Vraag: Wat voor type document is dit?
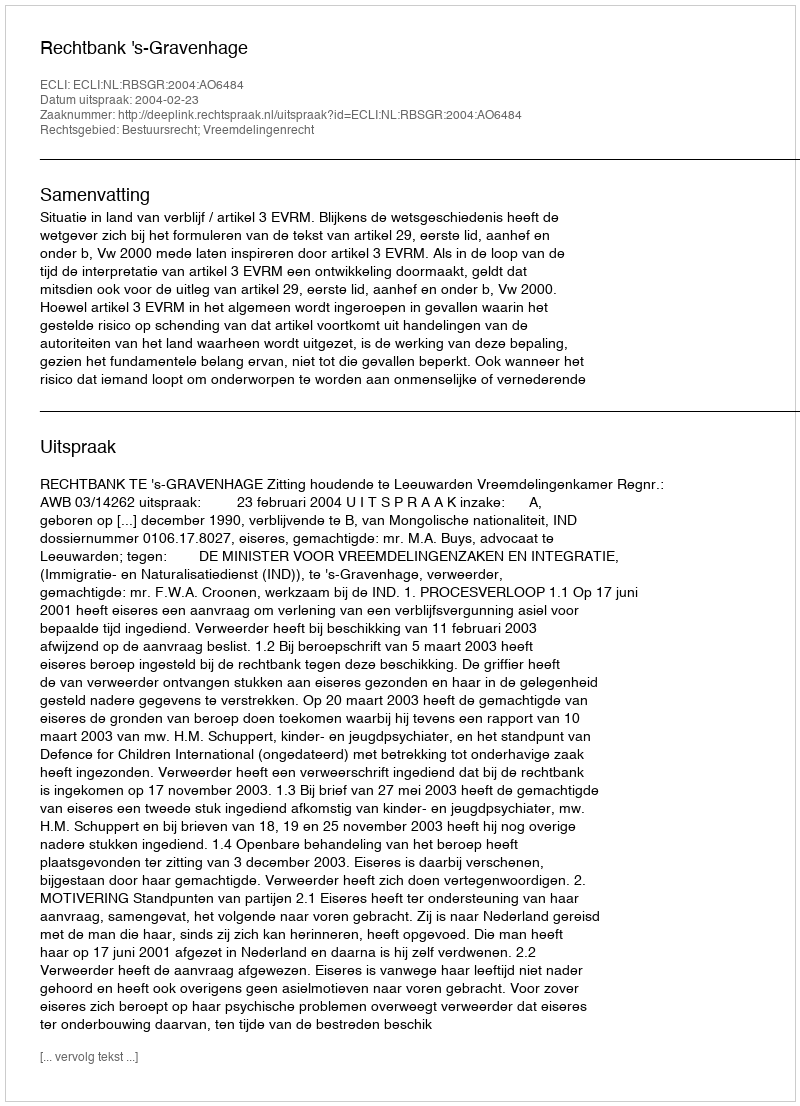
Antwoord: Uitspraak